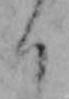
く